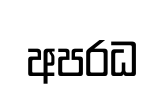
අපරධ